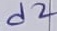
Text: d2